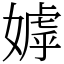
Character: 嫭